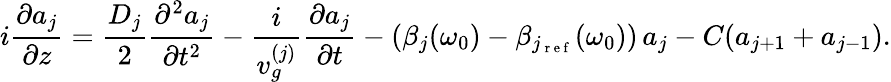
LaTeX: i\frac{\partial a_{j}}{\partial z}=\frac{D_{j}}{2}\frac{\partial^{2}a_{j}}{\partial t^{2}}-\frac{i}{v_{g}^{(j)}}\frac{\partial a_{j}}{\partial t}-\left(\beta_{j}(\omega_{0})-\beta_{j_{\mathrm{~r~e~f~}}}(\omega_{0})\right)\, a_{j}-C(a_{j+1}+a_{j-1}).